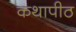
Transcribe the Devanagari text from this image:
कथापीठ